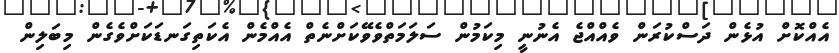
އެއްކޮށް އުޅެން ދަސްކުރަން ވެއްއްޖެ އެނުނީ މިކަމުން ސަލަމަތްވެވޭކަށްނެތް އެއްމެން އެކަތިގަނޑަކަށްވެގެން މިބަލިން